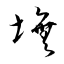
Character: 墲